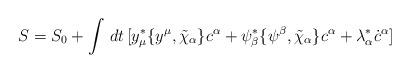
LaTeX: \begin{align*}S=S_0+\int\,dt\,[y^*_\mu\{y^\mu,\tilde\chi_\alpha\}c^\alpha+\psi^*_\beta\{\psi^\beta,\tilde\chi_\alpha\}c^\alpha+\lambda^*_\alpha\dot c^\alpha]\end{align*}